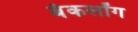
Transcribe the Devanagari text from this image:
बॅकलॉग